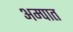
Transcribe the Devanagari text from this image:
अम्पात